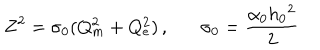
LaTeX: Z ^ { 2 } = \sigma _ { 0 } ( Q _ { m } ^ { 2 } + Q _ { e } ^ { 2 } ) \, , \sigma _ { 0 } = \frac { \alpha _ { 0 } h _ { 0 } { } ^ { 2 } } { 2 }